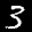
Label: 3